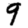
Digit: 9